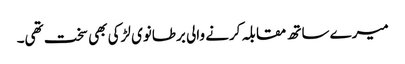
میرے ساتھ مقابلہ کرنے والی برطانوی لڑکی بھی سخت تھی۔